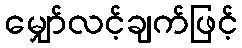
မျှော်လင့်ချက်ဖြင့်